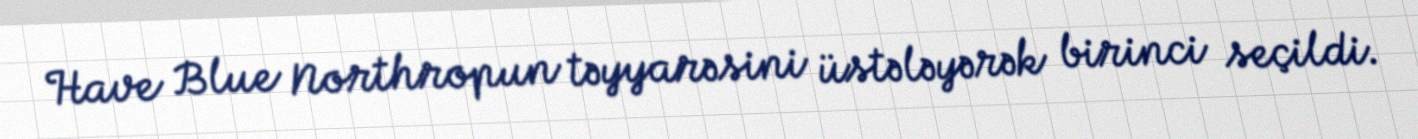
Have Blue Northropun təyyarəsini üstələyərək birinci seçildi.